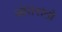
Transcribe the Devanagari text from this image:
ओतरांतो